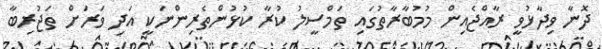
ދޮނާ ވިދާޅުވީ ރާއްޖެއިން މުމުބާރާތުގައި ތަމްސީލު ކުރާ ކުޅުންތެރިންނަކީ އަދި ވަރަށް ތަޖުރިބާ